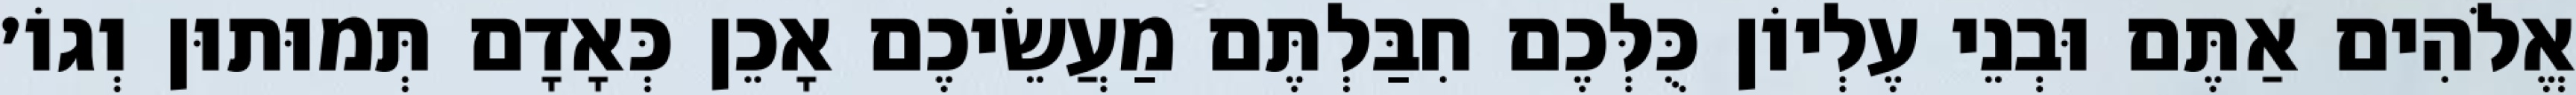
אֱלֹהִים אַתֶּם וּבְנֵי עֶלְיוֹן כֻּלְּכֶם חִבַּלְתֶּם מַעֲשֵׂיכֶם אָכֵן כְּאָדָם תְּמוּתוּן וְגוֹ׳